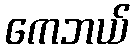
ကေဘယ်